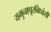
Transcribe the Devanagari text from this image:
यमुनापूरविध्वंसी